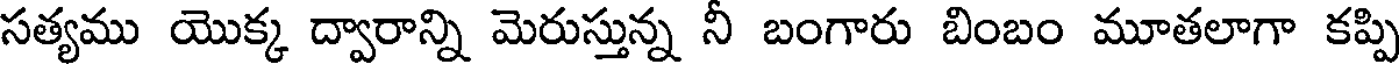
సత్యము యొక్క ద్వారాన్ని మెరుస్తున్న నీ బంగారు బింబం మూతలాగా కప్పి